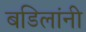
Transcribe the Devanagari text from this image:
बडिलांनी